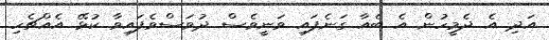
އަދި އެ ދެމީހުން އެ ބެއާ ގަނެފައި ވަނީވެސް ދުވަސްވެފައިވާ ކުޅޭ އެއްޗެހި